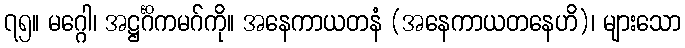
၇၅။ မဂ္ဂေါ၊ အဋ္ဌင်္ဂိကမဂ်ကို။ အနေကာယတနံ (အနေကာယတနေဟိ)၊ များသော